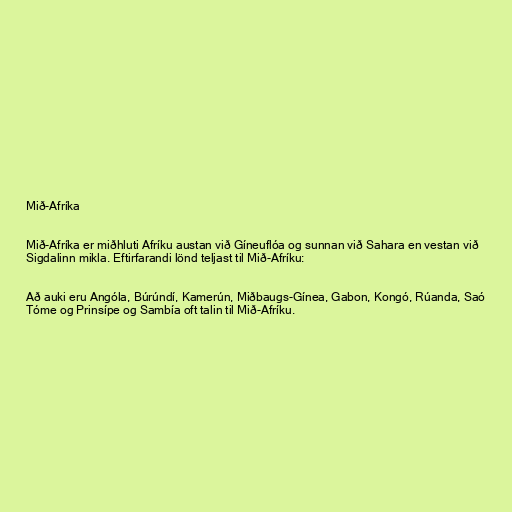
Mið-Afríka

Mið-Afríka er miðhluti Afríku austan við Gíneuflóa og sunnan við Sahara en vestan við
Sigdalinn mikla. Eftirfarandi lönd teljast til Mið-Afríku:

Að auki eru Angóla, Búrúndí, Kamerún, Miðbaugs-Gínea, Gabon, Kongó, Rúanda, Saó
Tóme og Prinsípe og Sambía oft talin til Mið-Afríku.